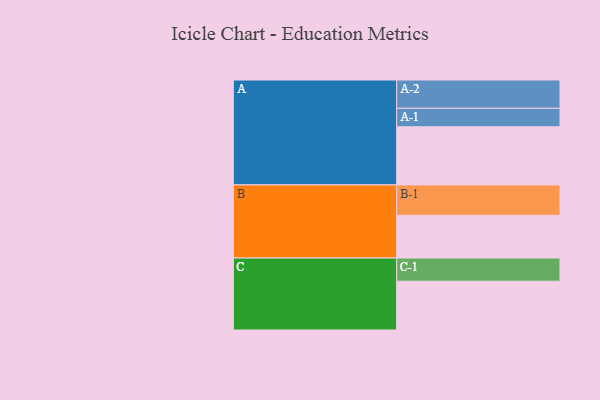
{"axis": {"x": "Segment", "y": "Value"}, "legend": ["", "A", "B", "C"], "data": [{"x": "A", "y": 561, "type": ""}, {"x": "B", "y": 413, "type": ""}, {"x": "C", "y": 471, "type": ""}, {"x": "A-1", "y": 179, "type": "A"}, {"x": "A-2", "y": 273, "type": "A"}, {"x": "B-1", "y": 293, "type": "B"}, {"x": "C-1", "y": 224, "type": "C"}]}